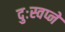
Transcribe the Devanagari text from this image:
दुःस्वप्ने